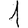
Digit: 1